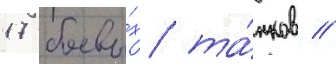
17 боевы́х та́нков //